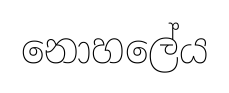
නොහලේය